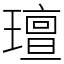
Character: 璮